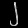
Digit: ၂